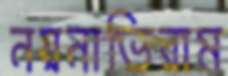
নয়নাভিরাম